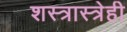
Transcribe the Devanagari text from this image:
शस्त्रास्त्रेही